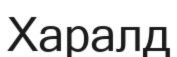
Харалд